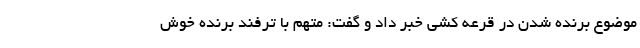
موضوع برنده شدن در قرعه کشی خبر داد و گفت: متهم با ترفند برنده خوش